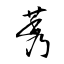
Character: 莠